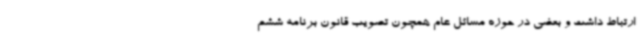
ارتباط داشت و بعضی در حوزه مسائل عام همچون تصویب قانون برنامه ششم